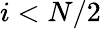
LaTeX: i<N/2